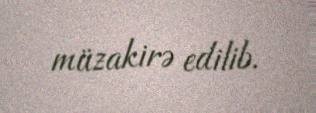
müzakirə edilib.